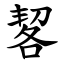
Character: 㗉